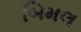
બિમલ